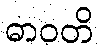
ဓာဝတိ